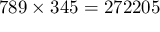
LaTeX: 7 8 9 \times 3 4 5 = 2 7 2 2 0 5